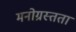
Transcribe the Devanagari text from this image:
मनोग्रस्तता